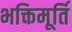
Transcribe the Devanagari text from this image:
भक्तिमूर्ति